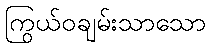
ကြွယ်ဝချမ်းသာသော